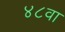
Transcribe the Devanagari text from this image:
४८वा